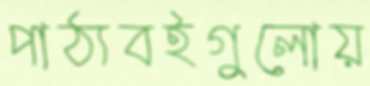
পাঠ্যবইগুলোয়